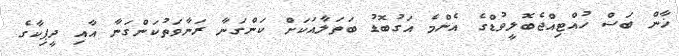
ޚާން ބަސް ހުއްޓިއްޖެބޮލީވުޑްގެ އެންމެ އަގުބޮޑު ބަތަލާއަކަށް ކަންގަނާ ރަނާވަތުކަންގަނާ އާއި ދީޕިކާގެ